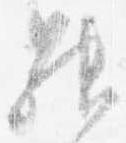
昇